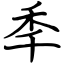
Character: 秊